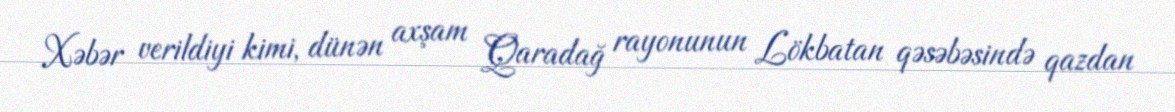
Xəbər verildiyi kimi, dünən axşam Qaradağ rayonunun Lökbatan qəsəbəsində qazdan